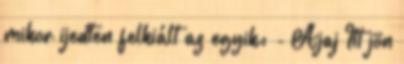
mikor ijedten felkiált az egyik: - Ajaj Itt jön